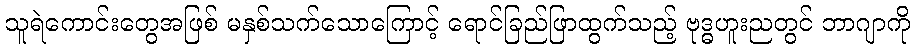
သူရဲကောင်းတွေအဖြစ် မနှစ်သက်သောကြောင့် ရောင်ခြည်ဖြာထွက်သည့် ဗုဒ္ဓဟူးညတွင် ဘာဂျာကို